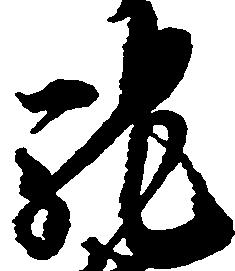
馳